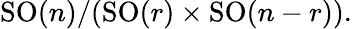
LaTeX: \operatorname{SO}(n)/(\operatorname{SO}(r)\times\operatorname{SO}(n-r)).